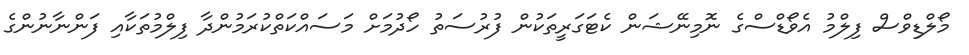
މޯލްޑިވްސް ފިލްމު އެވޯޑްސްގެ ނޮމިނޭޝަން ކެޓަގަރީތަކުން ފުރުސަތު ހޯދުމަށް މަސައްކަތްކުރަމުންދާ ފިލްމުތަކާއި ފަންނާނުންގެ